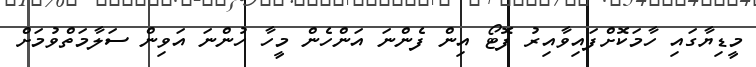
މީޑިޔާގައި ހާމަކޮށްފައިވާއިރު ފޮޓޯ އިން ފެންނަ އަންހެން މީހާ ހުންނަ އަވިން ސަލާމަތްވުމަށް